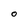
Character: O